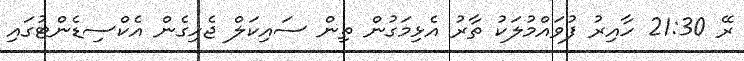
ރޭ 21:30 ހާއިރު ފުވައްމުލަކު ތާރު އެޅިމަގުން ތިން ސައިކަލް ޖެހިގެން އެކްސިޑެންޓުގައި